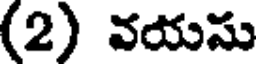
(2) వయసు